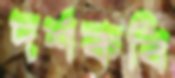
দর্শকবি